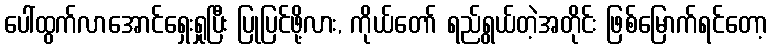
ပေါ်ထွက်လာအောင်ရှေးရှုပြီး ပြုပြင်ဖို့လား, ကိုယ်တော် ရည်ရွယ်တဲ့အတိုင်း ဖြစ်မြောက်ရင်တော့